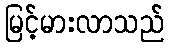
မြင့်မားလာသည်